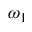
\omega _ { 1 }